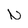
Character: N